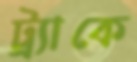
ট্র্যাকে